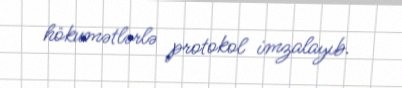
hökumətlərlə protokol imzalayıb.